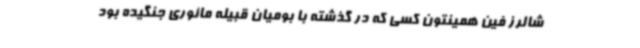
شالرز فین همینتون کسی که در گذشته با بومیان قبیله مائوری جنگیده بود